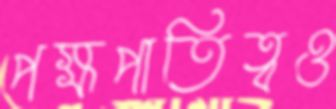
পক্ষপাতিত্বও